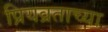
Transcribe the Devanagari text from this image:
प्रियव्रताच्या